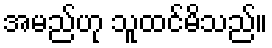
အမည်ဟု သူထင်မိသည်။